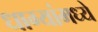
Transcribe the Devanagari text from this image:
धाग्यांमध्ये